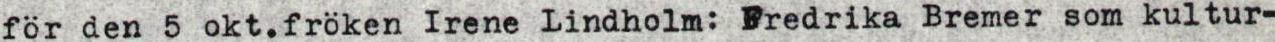
för den 5 okt.fröken Irene Lindholm: Fredrika Bremer som kultur-